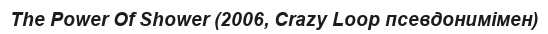
The Power Of Shower (2006, Crazy Loop псевдонимімен)